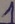
Text: 1